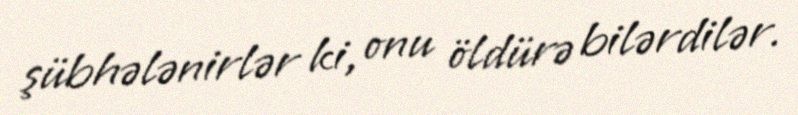
şübhələnirlər ki, onu öldürə bilərdilər.